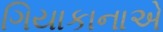
ગિયાકાનાએ